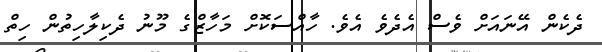
ދެކެން އޭނައަށް ވެސް އެދެވެ އެވެ. ހާއްސަކޮށް މަހާޒްގެ މޫނު ދެކިލާހިތުން ހިތް